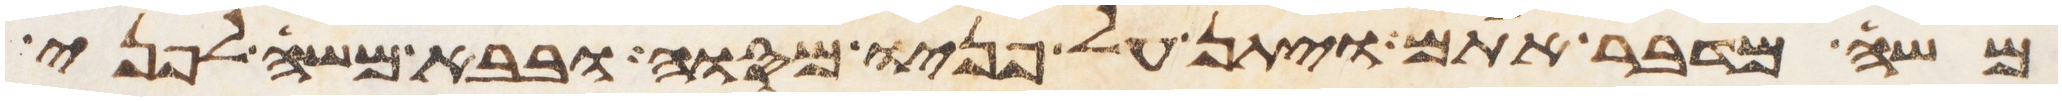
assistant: משה מדבר אתם ויתן על פניו מסוה ובבא משה לפני